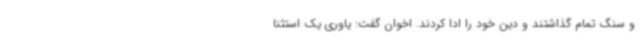
و سنگ تمام گذاشتند و دین خود را ادا کردند. اخوان گفت: یاوری یک استثنا